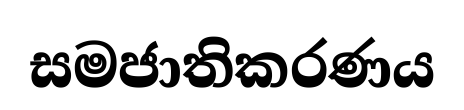
සමජාතිකරණය